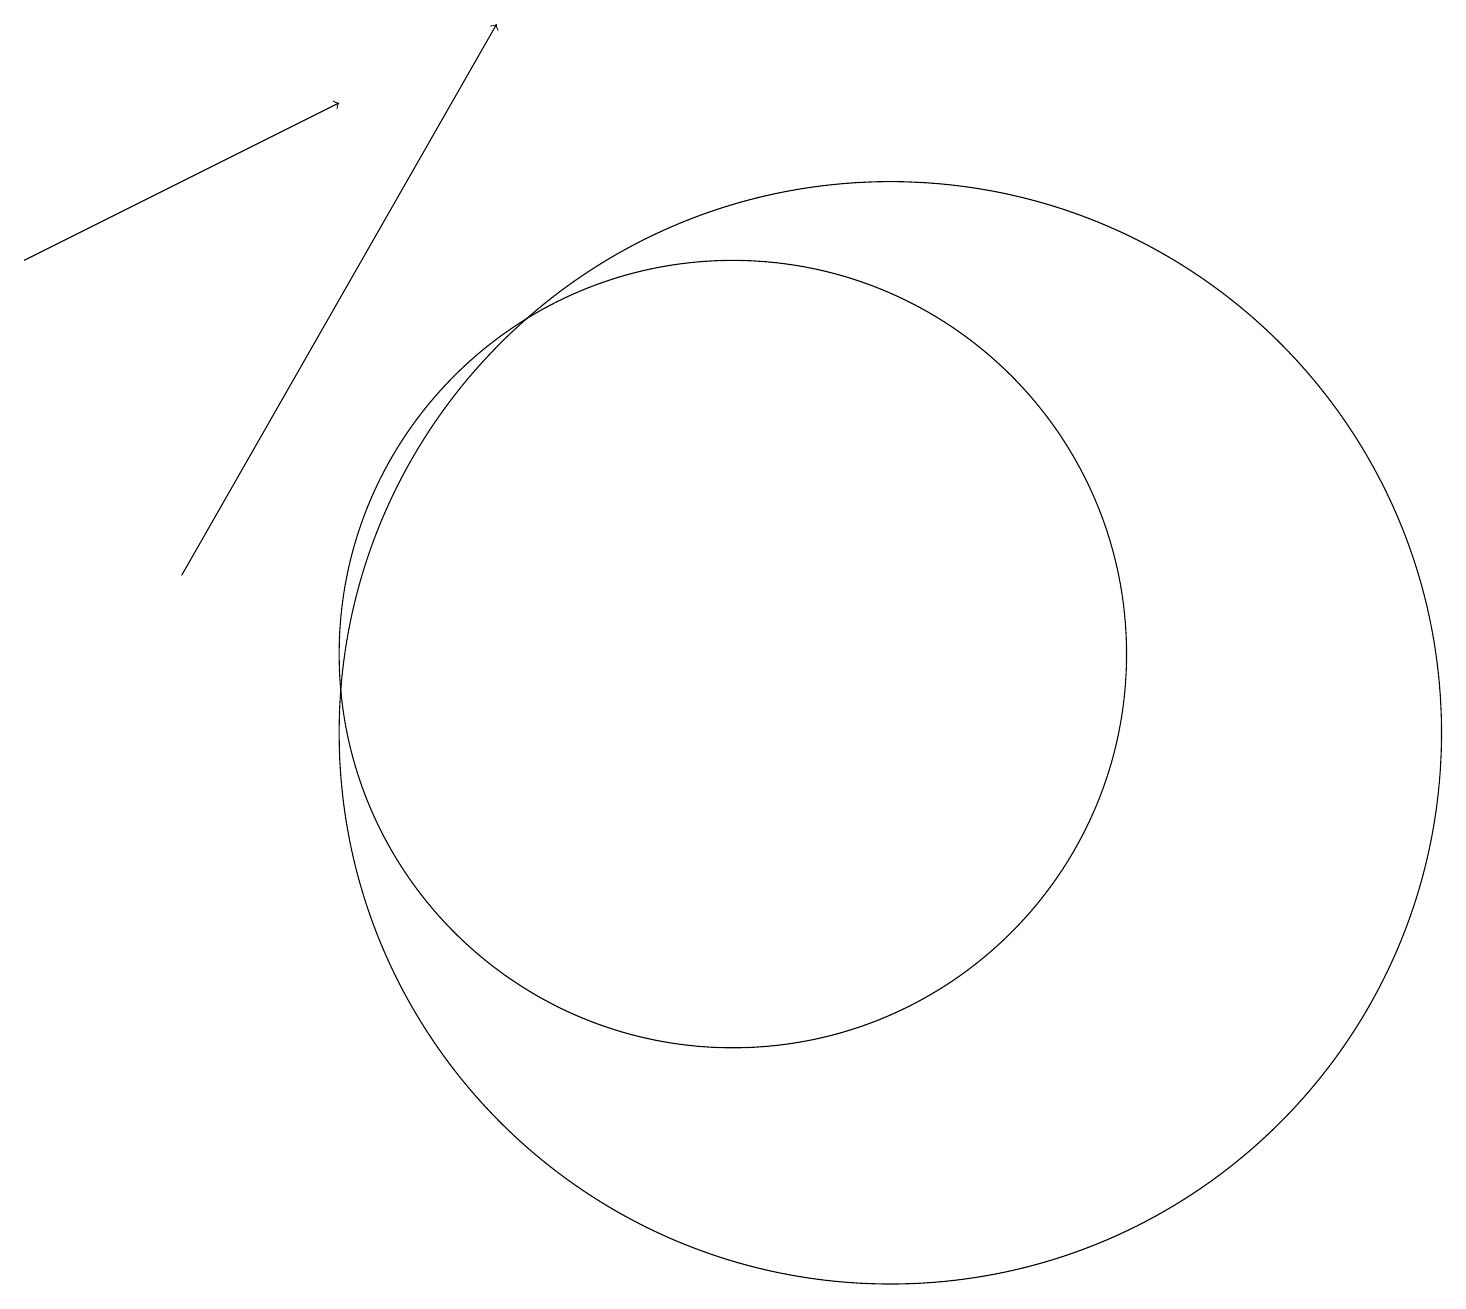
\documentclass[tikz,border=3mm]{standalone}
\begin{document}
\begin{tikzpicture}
\draw[->] (3,12) -- (7,19);
\draw (12,10) circle (7);
\draw[->] (1,16) -- (5,18);
\draw (10,11) circle (5);
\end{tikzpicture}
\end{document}